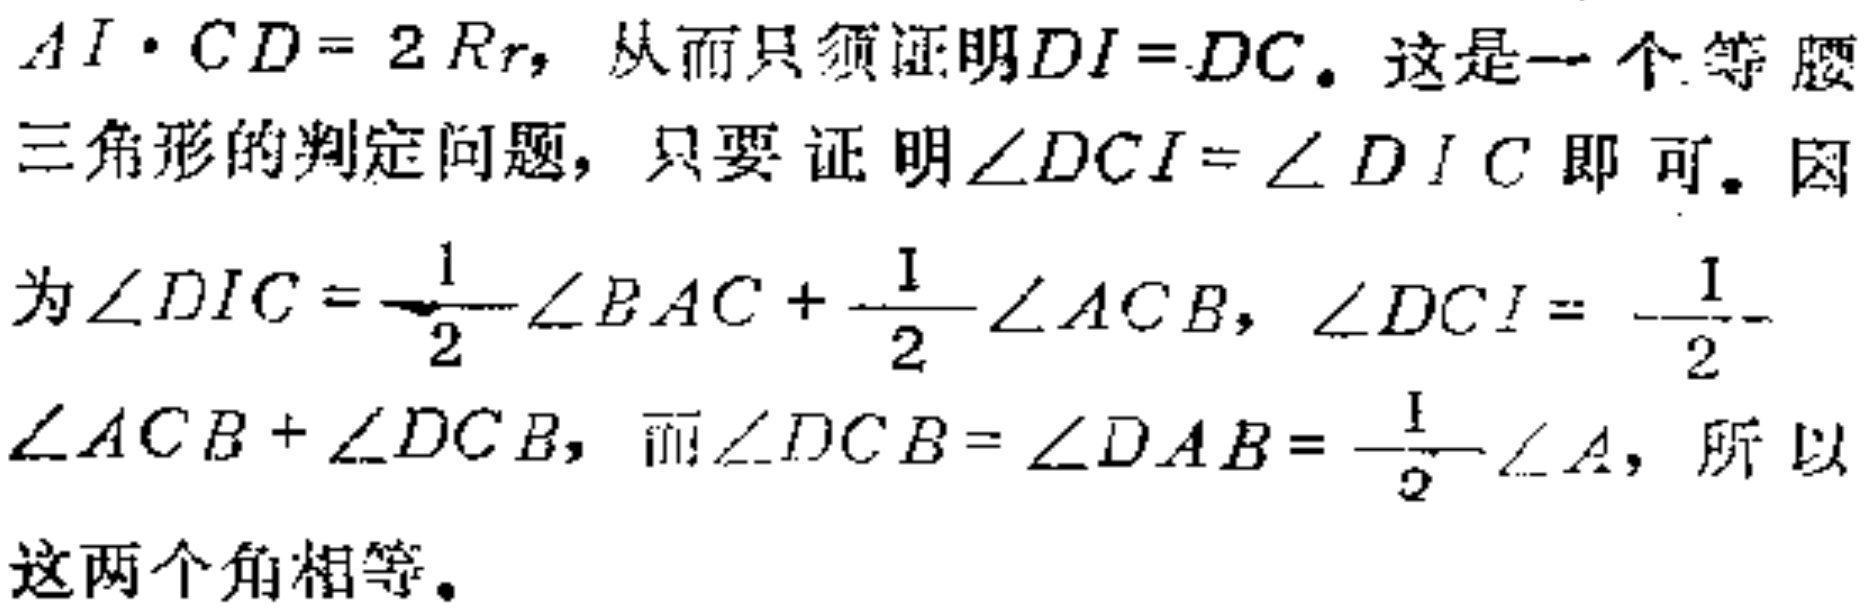
$AI\cdot CD = 2Rr$，从而只须证明$DI = DC$。这是一个等腰三角形的判定问题，只要证明$\angle DCI=\angle DIC$即可。因为$\angle DIC = \frac{1}{2}\angle BAC+\frac{1}{2}\angle ACB$，$\angle DCI = \frac{1}{2}\angle ACB+\angle DCB$，而$\angle DCB=\angle DAB=\frac{1}{2}\angle A$，所以这两个角相等。